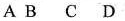
A B C D